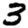
Digit: 3